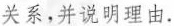
关系，并说明理由。